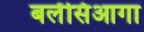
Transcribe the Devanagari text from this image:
बलेंसिआगा